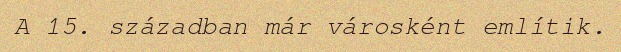
A 15. században már városként említik.